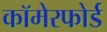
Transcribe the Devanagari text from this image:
कॉमेरफोर्ड